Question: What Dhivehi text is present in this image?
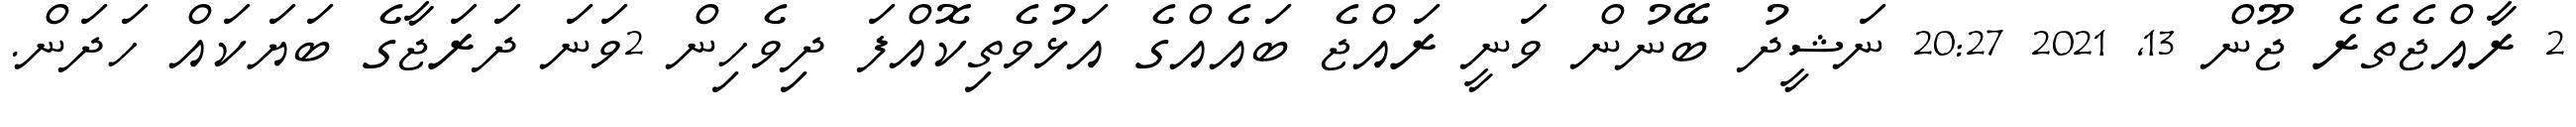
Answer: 2 ރާއްޖެތެރެ ޖޫން 13, 2021 20:27 ނަޝީދު ބޭނުން ވަނީ ރައްޖެ ބައެއްގެ އަޅުވެތިކޮއްފަ ދިވެހިން 2ވަނަ ދަރަޖާގެ ބަޔަކައް ހަދަން.